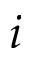
i